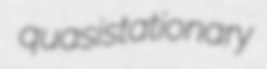
quasistationary